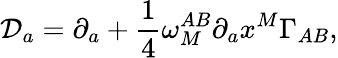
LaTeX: {\cal D}_{a}=\partial_{a}+{\frac{1}{4}}\omega_{M}^{AB}\partial_{a}x^{M}\Gamma_{AB},